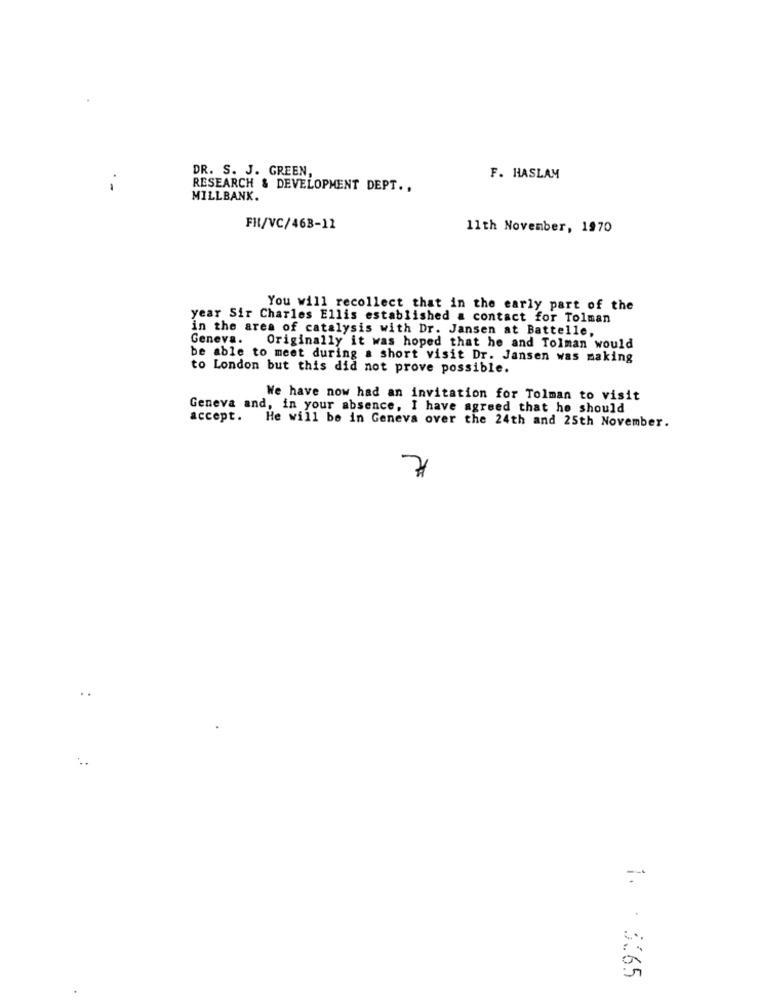
DR. S. J. GREEN,
F. HASLAM
-
RESEARCH & DEVELOPMENT DEPT ..
MILLBANK.
FI/VC/463-11
11th November, 1970
You will recollect that in the early part of the
year Sir Charles Ellis established a contact for Tolman
in the area of catalysis with Dr. Jansen at Battelle,
Geneva. Originally it was hoped that he and Tolman would
be able to meet during a short visit Dr. Jansen was making
to London but this did not prove possible.
We have now had an invitation for Tolman to visit
Geneva and, in your absence, I have agreed that he should
accept. He will be in Geneva over the 24th and 25th November.
7
..
1. 3.65